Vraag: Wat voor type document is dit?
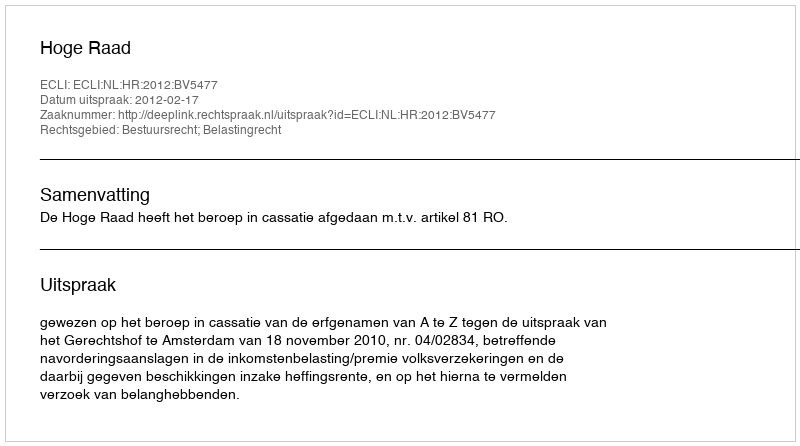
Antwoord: Uitspraak